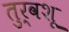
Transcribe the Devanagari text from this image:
तुर्वशू